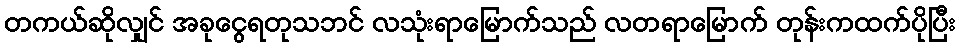
တကယ်ဆိုလျှင် အခုငွေရတုသဘင် လသုံးရာမြောက်သည် လတရာမြောက် တုန်းကထက်ပိုပြီး